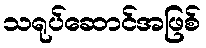
သရုပ်ဆောင်အဖြစ်